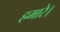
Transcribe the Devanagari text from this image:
हमारे।